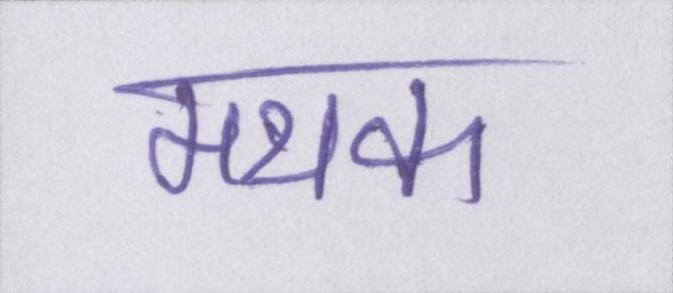
मथक